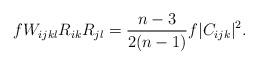
LaTeX: \begin{align*}fW_{ijkl}R_{ik}R_{jl}=\frac{n-3}{2(n-1)}f|C_{ijk}|^{2}.\end{align*}